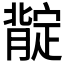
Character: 𱼟